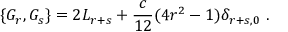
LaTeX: \{ G _ { r } , G _ { s } \} = 2 L _ { r + s } + \frac { c } { 1 2 } ( 4 r ^ { 2 } - 1 ) \delta _ { r + s , 0 } \ .